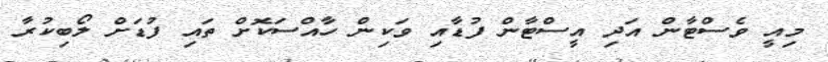
މިއީ ވެސްޓާން އަދި އީސްޓާން ފުޑާއި ވަކިން ހާއްސަކޮށް ތައި ފުޑަށް ލޯބިކުރާ